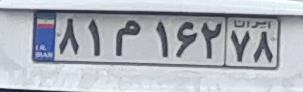
۸۱م۱۶۲۷۸